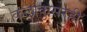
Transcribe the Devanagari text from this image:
कलाकुसरही